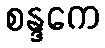
စန္ဒကေ